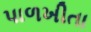
પાળખીતા